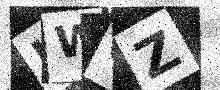
Text: UWGZ